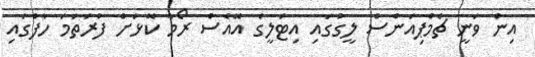
އިން ވަނީ ޗެމްޕިއަންސް ލީގުގައި އިޓަލީގެ އޭއެސް ރޯމާ ކޮޅަށް ފުރަތަމަ ހާފްގައި